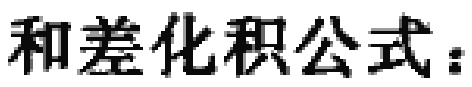
和差化积公式：